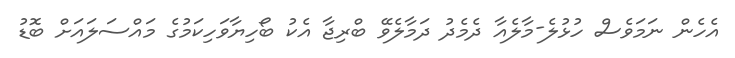
އެހެން ނަމަވެސް ހުޅުލެ-މާލެއާ ދެމެދު ދަމާލެވޭ ބްރިޖާ އެކު ބޯހިޔާވަހިކަމުގެ މައްސަލައަށް ބޮޑު